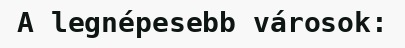
A legnépesebb városok: